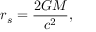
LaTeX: r _ { s } = { \frac { 2 G M } { c ^ { 2 } } } ,